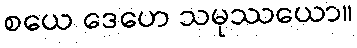
စယေ ဒေဟေ သမုဿယော။